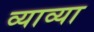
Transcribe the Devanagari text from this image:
व्याव्या